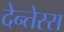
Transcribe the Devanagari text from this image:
देन्तेस्स